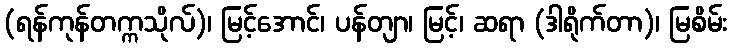
(ရန်ကုန်တက္ကသိုလ်)၊ မြင့်အောင်၊ ပန်တျာ၊ မြင့်၊ ဆရာ (ဒါရိုက်တာ)၊ မြစိမ်း